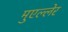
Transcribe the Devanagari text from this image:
मुएल्लेर